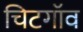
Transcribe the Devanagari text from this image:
चिटगॉव